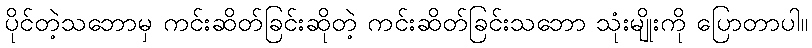
ပိုင်တဲ့သဘောမှ ကင်းဆိတ်ခြင်းဆိုတဲ့ ကင်းဆိတ်ခြင်းသဘော သုံးမျိုးကို ပြောတာပါ။